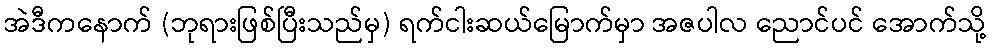
အဲဒီကနောက် (ဘုရားဖြစ်ပြီးသည်မှ) ရက်ငါးဆယ်မြောက်မှာ အဇပါလ ညောင်ပင် အောက်သို့